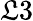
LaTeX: \mathfrak{L}3